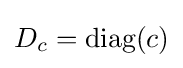
D_{c}={\text{diag}}(c)